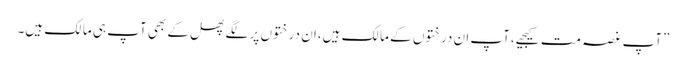
”آپ غصہ مت کیجیے،آپ ان درختوں کے مالک ہیں،ان درختوں پر لگے پھل کے بھی آپ ہی مالک ہیں۔